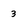
Character: 3